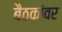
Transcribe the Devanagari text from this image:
बैठकांवर